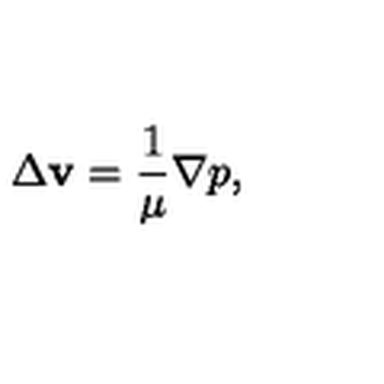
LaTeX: \Delta { \bf v } = \frac { 1 } { \mu } \nabla p ,